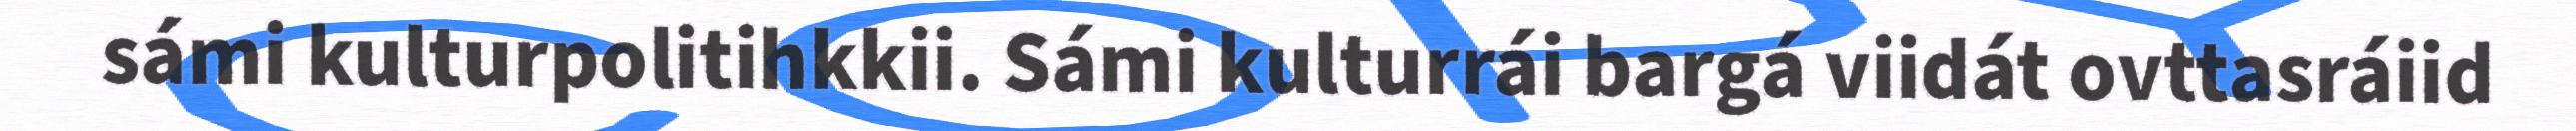
sámi kulturpolitihkkii. Sámi kulturrái bargá viidát ovttasráiid